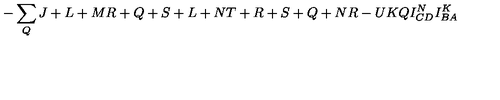
- \sum _ { Q } { \binom { J + L + M } { R + Q + S + L + N } } { \binom { T + R + S + Q + N } { R - U } } { \binom { K } { Q } } I _ { C D } ^ { N } I _ { B A } ^ { K }